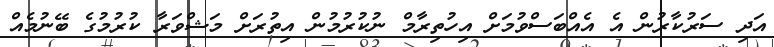
އަދި ސަރުކާރުން އެ އެއްބަސްވުމަށް އިހުތިރާމް ނުކުރުމުން އިތުރަށް މަޝްވަރާ ކުރުމުގެ ބޭނުމެއް